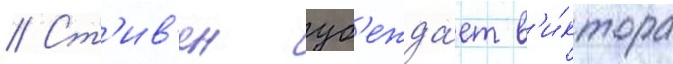
// Ст'ив'ен уб'ежда́ет в'и́ктора